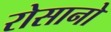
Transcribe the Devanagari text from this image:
रोसानो